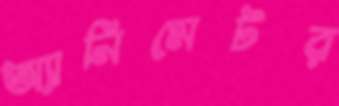
অ্যানিমেটর